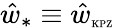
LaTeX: \hat{w}_{*}\equiv\hat{w}_{\mathrm{\tiny KPZ}}